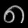
Digit: ၈